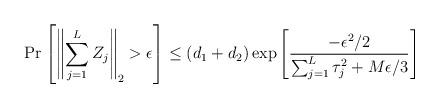
LaTeX: \begin{align*}\Pr\left[\left\|\sum_{j=1}^L Z_j \right\|_2 > \epsilon \right] \leq (d_1+d_2)\exp\left[\frac{-\epsilon^2/2}{\sum_{j=1}^L \tau_j^2 + M\epsilon /3} \right]\end{align*}